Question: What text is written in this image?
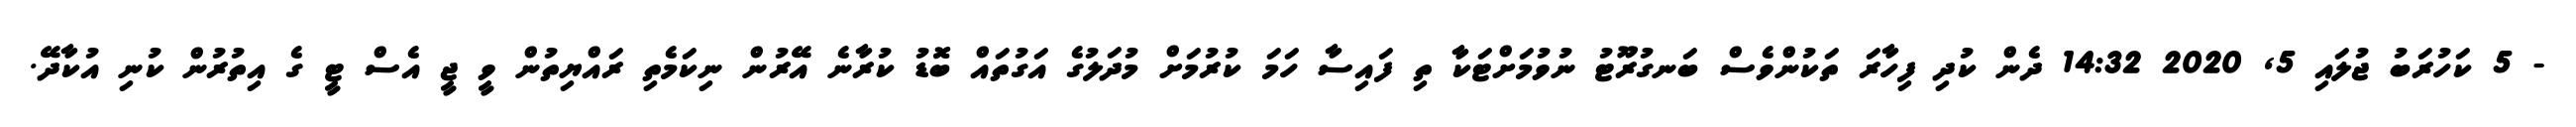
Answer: - 5 ކަހުރަބު ޖުލައި 5, 2020 14:32 ދެން ކުދި ފިހާރަ ތަކުންވެސް ބަނގުރޫޓު ނުވުމަށްޓަކާ ތި ފައިސާ ހަމަ ކުރުމަށް މުދަލުގެ އަގުތައް ބޮޑު ކުރާނެ އޭރުން ނިކަމެތި ރައްޔިތުން ވީ ޖީ އެސް ޓީ ގެ އިތުރުން ކުނި އުކާދޭ.